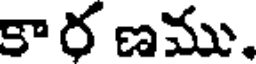
కార ణము.